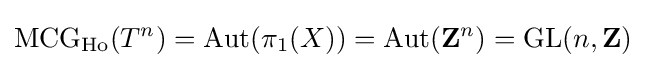
\operatorname {MCG} _{\operatorname {Ho} }(T^{n})=\operatorname {Aut} (\pi _{1}(X))=\operatorname {Aut} (\mathbf {Z} ^{n})=\operatorname {GL} (n,\mathbf {Z} )